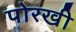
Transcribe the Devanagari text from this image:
पोरखी